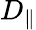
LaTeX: D_{\parallel}